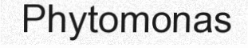
Phytomonas